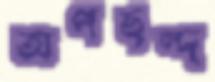
অপছন্দ